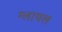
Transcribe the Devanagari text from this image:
ग्लायल